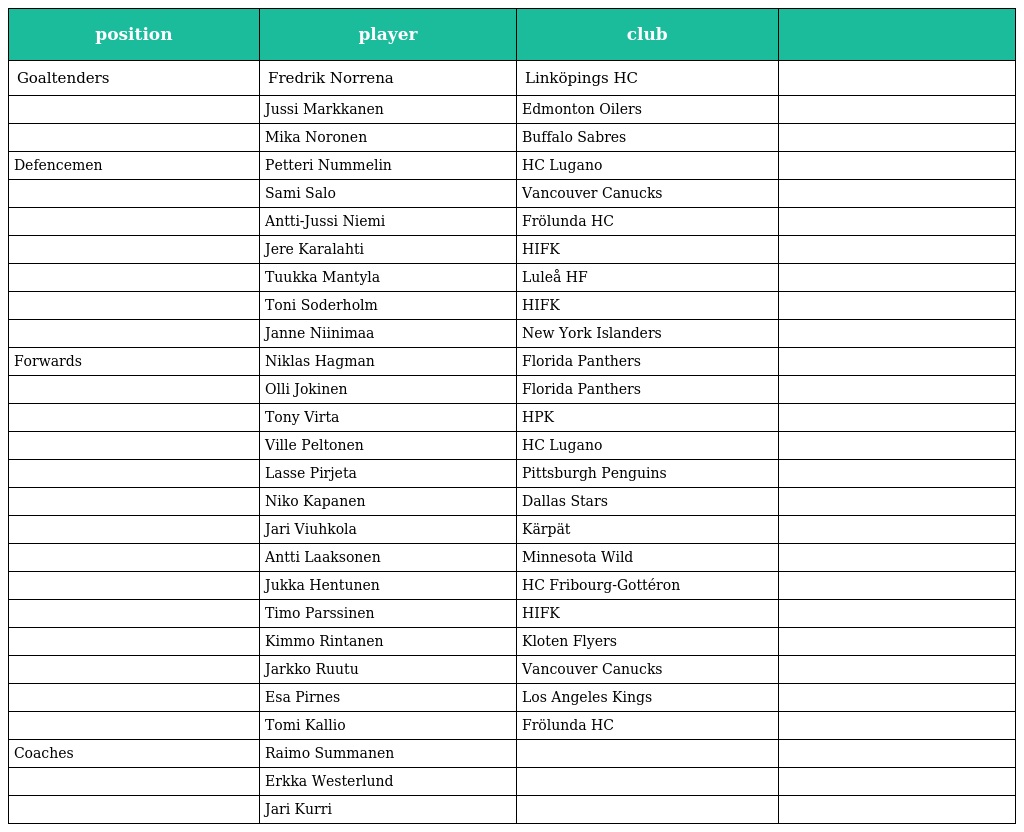
| position | player | club |  |
 | --- | --- | --- | --- |
 | Goaltenders | Fredrik Norrena | Linköpings HC |  |
 |  | Jussi Markkanen | Edmonton Oilers |  |
 |  | Mika Noronen | Buffalo Sabres |  |
 | Defencemen | Petteri Nummelin | HC Lugano |  |
 |  | Sami Salo | Vancouver Canucks |  |
 |  | Antti-Jussi Niemi | Frölunda HC |  |
 |  | Jere Karalahti | HIFK |  |
 |  | Tuukka Mantyla | Luleå HF |  |
 |  | Toni Soderholm | HIFK |  |
 |  | Janne Niinimaa | New York Islanders |  |
 | Forwards | Niklas Hagman | Florida Panthers |  |
 |  | Olli Jokinen | Florida Panthers |  |
 |  | Tony Virta | HPK |  |
 |  | Ville Peltonen | HC Lugano |  |
 |  | Lasse Pirjeta | Pittsburgh Penguins |  |
 |  | Niko Kapanen | Dallas Stars |  |
 |  | Jari Viuhkola | Kärpät |  |
 |  | Antti Laaksonen | Minnesota Wild |  |
 |  | Jukka Hentunen | HC Fribourg-Gottéron |  |
 |  | Timo Parssinen | HIFK |  |
 |  | Kimmo Rintanen | Kloten Flyers |  |
 |  | Jarkko Ruutu | Vancouver Canucks |  |
 |  | Esa Pirnes | Los Angeles Kings |  |
 |  | Tomi Kallio | Frölunda HC |  |
 | Coaches | Raimo Summanen |  |  |
 |  | Erkka Westerlund |  |  |
 |  | Jari Kurri |  |  |